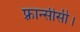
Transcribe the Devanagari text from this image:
फ़्रान्सीसी।